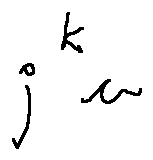
j ^ { k } u